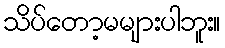
သိပ်တော့မများပါဘူး။